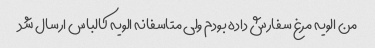
من الویه مرغ سفارش داده بودم ولی متاسفانه الویه کالباس ارسال شد